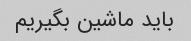
باید ماشین بگیریم